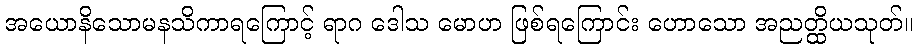
အယောနိသောမနသိကာရကြောင့် ရာဂ ဒေါသ မောဟ ဖြစ်ရကြောင်း ဟောသော အညတ္ထိယသုတ်။